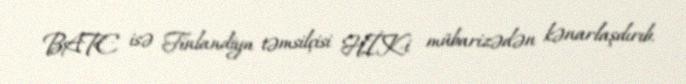
BATE isə Finlandiya təmsilçisi HİK-i mübarizədən kənarlaşdırıb.